Indian journal of veterinary science and animal husbandry - Volumes 26-27, 1956-1957
Year: 1956
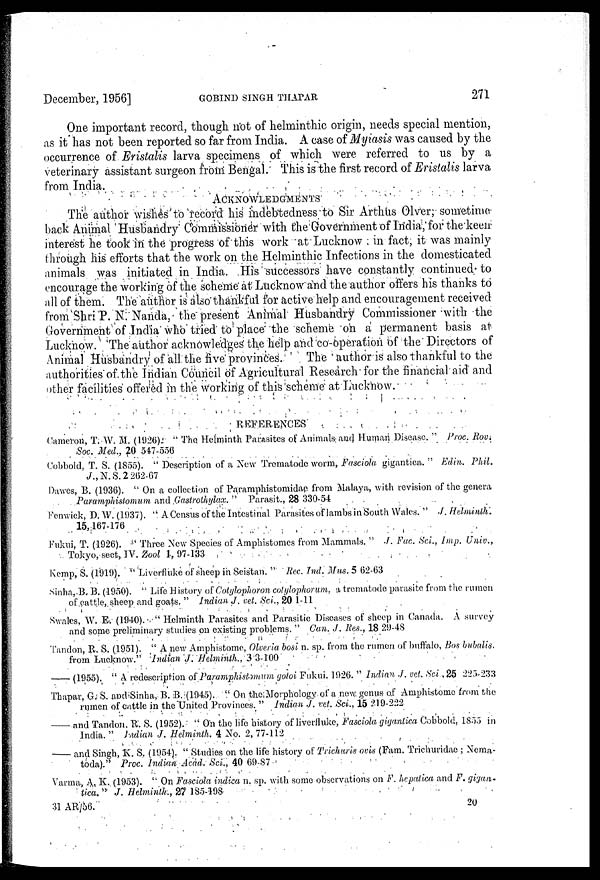
December, 1956]
GOBIND
SINGH
THAPAR
271
One important record, though not of helminthic origin, needs special mention,
as it has not been reported so far from India. A case of Myiasis was caused by the
occurrence of Eristalis larva specimens of which were referred to us by a
veterinary assistant surgeon from Bengal. This is the first record of Eristalis larva
from India.
ACKNOWLEDGMENTS
The author wishes to record his indebtedness to Sir Arthus Olver, sometime-
back Animal Husbandry Commissioner with the Government of India, for the keen
interest he took in the progress of this work at Lucknow in fact, it was mainly
through his efforts that the work on the Helminthic Infections in the domesticated
animals was initiated in India. His successors have constantly continued to
encourage the working of the scheme at Lucknow and the author offers his thanks to
all of them. The author is also thankful for active help and encouragement received
from Shri P. N. Nanda, the present Animal Husbandry Commissioner with the
Government of India who tried to place the scheme on a permanent basis at
Lucknow. The author acknowledges the help and co-operation of the Directors of
Animal Husbandry of all the five provinces.
The author is also thankful to the
authorities of the Indian Council of Agricultural Research for the financial aid and
other facilities offered in the working of this scheme at Lucknow.
REFERENCES
Cameron, T. W. M. (1926). "The, Helminth Parasites of Animals and Human Disease." Proc. Rov.
Soc. Med., 20 547-556
Cobbold, T. S. (1855). "Description of a New Trematode worm, Fasciola gigantica." Edin. Phil.
J., N. S. 2 262-67
Dawes, B. (1936). "On a collection of Paramphistomidae from Malaya, with revision of the genera
Paramphistomum and Gastrothylax."
Parasit., 28 330-54
Fenwick, D. W. (1937). "A Census of the Intestinal Parasites of lambs in South Wales." J. Helminth.
15,167-176
Fukui, T. (1926). "Three New Species of Amphistomes from Mammals." J. Fac. Sci., Imp. Univ.,
Tokyo, sect, IV. Zool 1, 97-133
Kemp, S. (1919). "Liverfluke of sheep in Seistan." Rec. Ind. Mus. 5 62-63
Sinha, B. B. (1950). "Life History of Cotylophoron cotylophorum, a trematode parasite from the rumen
of cattle, sheep and goats." Indian J. vet. Sci., 20 1-11
Swales, W. E. (1940). "Helminth Parasites and Parasitic Diseases of sheep in Canada. A survey
and some preliminary studies on existing problems." Can. J. Res., 18 29-48
Tandon, R. S. (1951). "A new Amphistome, Olveria bosi n. sp. from the rumen of buffalo, Bos bubalis.
from Lucknow." Indian J. Helminth., 3 3-100
— (1955). "A redescription of Paramphistomum gotoi Fukui. 1926." Indian J. vet. Sci, 25 225-233
Thapar, G. S. and Sinha, B. B. (1945). "On the Morphology of a new genus of Amphistome from the
rumen of cattle in the United Provinces." Indian J. vet. Sci., 15 219-222
—— and Tandon, R. S. (1952). "On the life history of liverfluke, Fasciola gigantica Cobbold, 1855 in
India." Indian J. Helminth. 4 No. 2, 77-112
—— and Singh, K. S. (1954). "Studies on the life history of Trichuris ovis (Fam. Trichuridae; Nema-
toda)." Proc. Indian Acad. Sci., 40 69-87
Varma, A. K. (1953). "On Fasciola indica n. sp. with some observations on F. hepatica and F. gigan-
tica." J. Helminth., 27 185-198
31 AR/56.
20